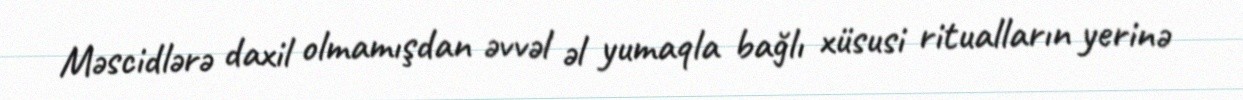
Məscidlərə daxil olmamışdan əvvəl əl yumaqla bağlı xüsusi ritualların yerinə